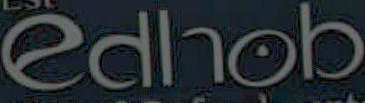
edhob